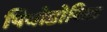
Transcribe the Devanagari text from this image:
पियोडोरिक